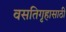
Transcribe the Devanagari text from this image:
वसतिगृहासाठी